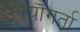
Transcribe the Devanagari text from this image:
उपयॊगर्ता